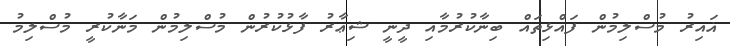
ޣައިރު މުސްލިމުން ފައްޅިތައް ބިނާކުރުމާއި ދީނީ ޝިޢާރު ފާޅުކުރުން މުސްލިމުން މަނާކުރީ މުސްލިމު